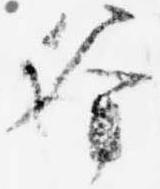
釜